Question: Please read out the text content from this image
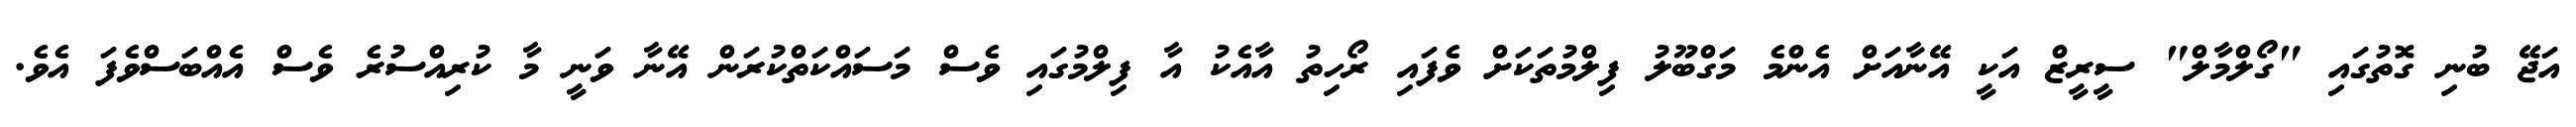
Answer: އަޖޭ ބުނި ގޮތުގައި "ގޯލްމާލް" ސީރީޒް އަކީ އޭނާއަށް އެންމެ މަގްބޫލު ފިލްމުތަކަށް ވެފައި ރޯހިތު އާއެކު އާ ފިލްމުގައި ވެސް މަސައްކަތްކުރަން އޭނާ ވަނީ މާ ކުރިއްސުރެ ވެސް އެއްބަސްވެފަ އެވެ.